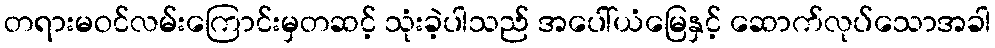
တရားမဝင်လမ်းကြောင်းမှတဆင့် သုံးခဲ့ပါသည် အပေါ်ယံမြေနှင့် ဆောက်လုပ်သောအခါ